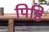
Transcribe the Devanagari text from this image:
पिष्ठि